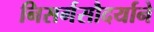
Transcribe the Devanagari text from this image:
निसर्गसौदर्याने